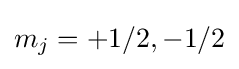
m_{j}=+1/2,-1/2